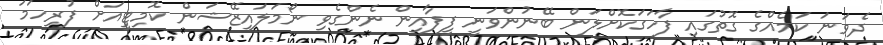
ދެވަނަ ކަމެއްގެ ގޮތުގައި ފާހަގަކޮށްލަން ބޭނުންވަނީ ފީފާއިން ނެންގެވި ނޯމަލައިޒޭޝަން ކޮމިޓީއަށް ފުރިހަމަ